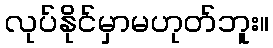
လုပ်နိုင်မှာမဟုတ်ဘူး။